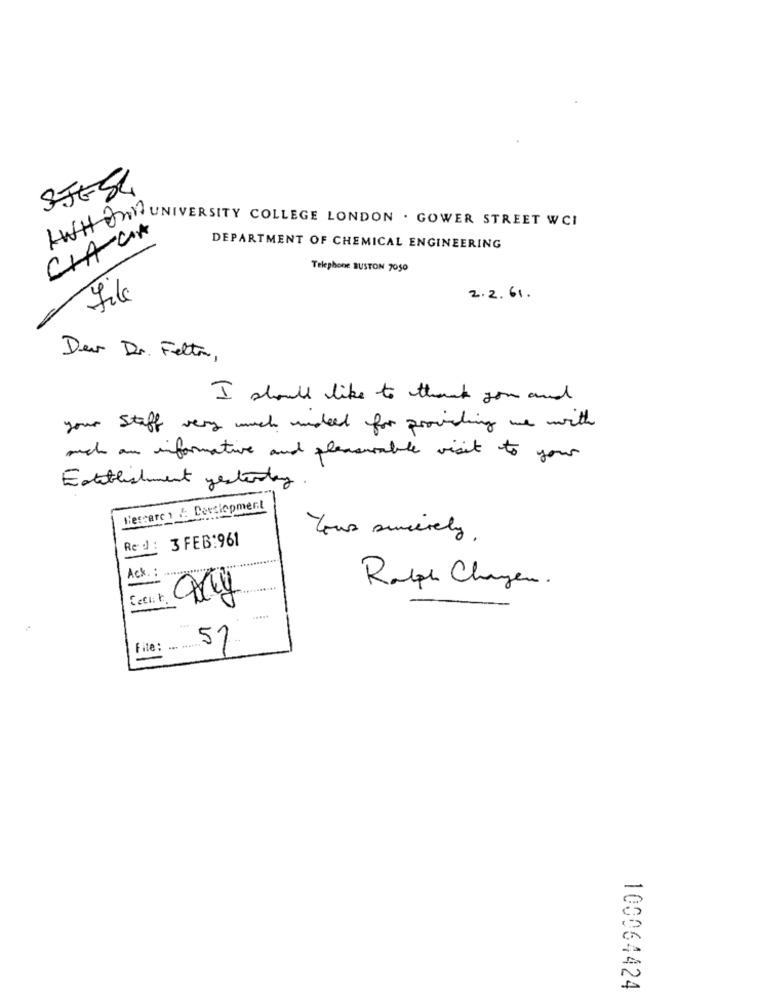
SJE54
Luft W UNIVERSITY COLLEGE LONDON . GOWER STREET WCI
CrACIA
DEPARTMENT OF CHEMICAL ENGINEERING
Telephone BUSTON 7050
File
2.2.61.
Deux Dr. Feltar,
I should like to thank you and
your Staff very much undead for providing me with
such an informative and pleasurable visit to your
Establishment yesterday.
Bessere 1 F: Dersiopmert
3 FEB:961
Yours sincerely .
Red :
Ack. :
Ralph Changen .
File: ... ......
57
100064424